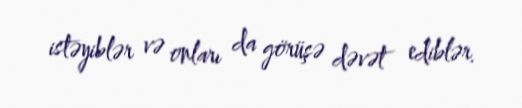
istəyiblər və onları da görüşə dəvət ediblər.